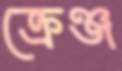
ক্রেঞ্জ